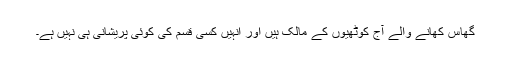
گھاس کھانے والے آج کوٹھیوں کے مالک ہیں اور انہیں کسی قسم کی کوئی پریشانی ہی نہیں ہے۔